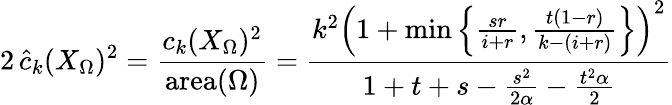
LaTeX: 2\, \widehat{c}_{k}(X_{\Omega})^{2}=\frac{c_{k}(X_{\Omega})^{2}}{\mathrm{area}(\Omega)}=\frac{k^{2}\left(1+\operatorname*{min}\left\{ \frac{sr}{i+r},\frac{t(1-r)}{k-(i+r)}\right\} \right)^{2}}{1+t+s-\frac{s^{2}}{2\alpha}-\frac{t^{2}\alpha}{2}}